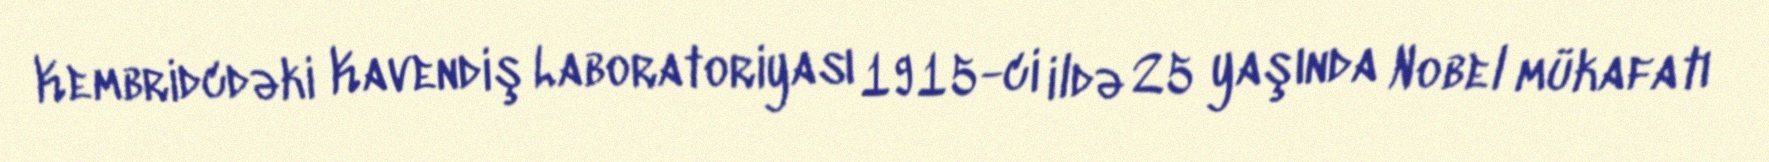
Kembridcdəki Kavendiş Laboratoriyası 1915-ci ildə 25 yaşında Nobel mükafatı